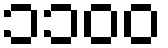
၁၁၀၀